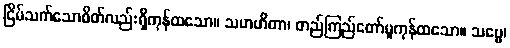
ငြိမ်သက်သောစိတ်လည်းရှိကုန်ထသော။ သမာဟိတာ၊ တည်ကြည်တော်မူကုန်ထသော။ သဗ္ဗေ၊